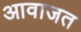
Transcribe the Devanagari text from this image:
आवाजत